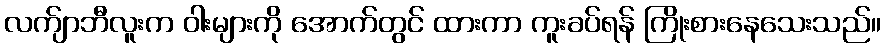
လက်ျာဘီလူးက ဝါးများကို အောက်တွင် ထားကာ ကူးခပ်ရန် ကြိုးစားနေသေးသည်။